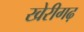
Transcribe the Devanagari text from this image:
खेरीगढ़